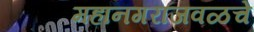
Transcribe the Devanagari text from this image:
महानगराजवळचे